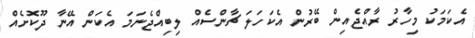
އެކަމަކު މިހާރު ރާއްޖެއިން ބޭރުން އެކަހަލަ ޗާންސެއް ލިބިއްޖެނަމަ އެކަން އޭނާ ދޫކޮށެއް